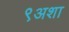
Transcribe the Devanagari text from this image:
९अशा